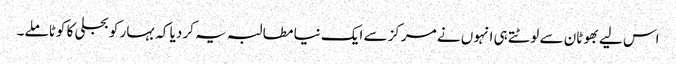
اس لیے بھوٹان سے لوٹتے ہی انہوں نے مرکز سے ایک نیا مطالبہ یہ کر دیا کہ بہار کو بجلی کا کوٹا ملے۔